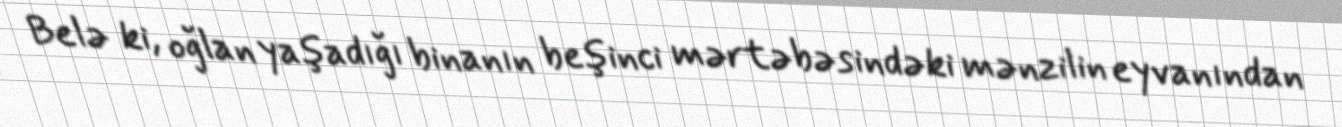
Belə ki, oğlan yaşadığı binanın beşinci mərtəbəsindəki mənzilin eyvanından